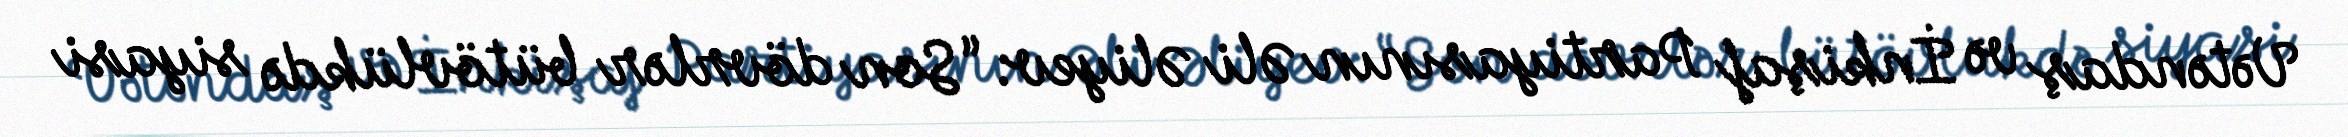
Vətəndaş və İnkişaf Partiyasının Əli Əliyev: “Son dövrlər bütövlükdə siyasi